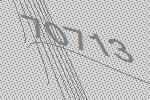
70713